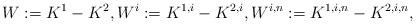
LaTeX: \begin{align*}W:=K^1-K^2,W^i:=K^{1,i}-K^{2,i},W^{i,n}:=K^{1,i,n}-K^{2,i,n},\end{align*}